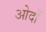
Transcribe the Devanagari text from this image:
ओदों